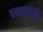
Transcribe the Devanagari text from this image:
स्वात्मसुख